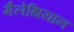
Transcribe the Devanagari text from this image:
मैलेथियान